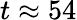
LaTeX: t\approx 54